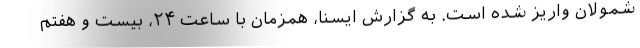
شمولان واریز شده است. به گزارش ایسنا، همزمان با ساعت ۲۴، بیست و هفتم